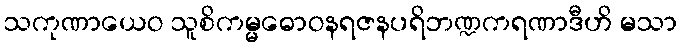
သကုဏာယေဝ သူစိကမ္မဓောဝနရဇနပရိဘဏ္ဍကရဏာဒီဟိ မသာ